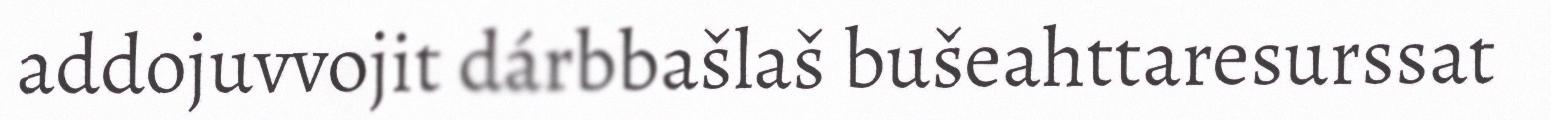
addojuvvojit dárbbašlaš bušeahttaresurssat